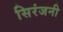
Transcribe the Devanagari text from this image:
सिरंजनी